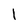
Character: I